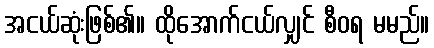
အငယ်ဆုံးဖြစ်၏။ ထိုအောက်ငယ်လျှင် စီဝရ မမည်။